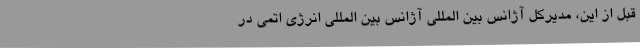
قبل از این، مدیرکل آژانس بین المللی آژانس بین المللی انرژی اتمی در